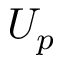
U _ { p }